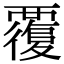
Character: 𧠃